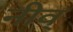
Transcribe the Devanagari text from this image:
नीव्